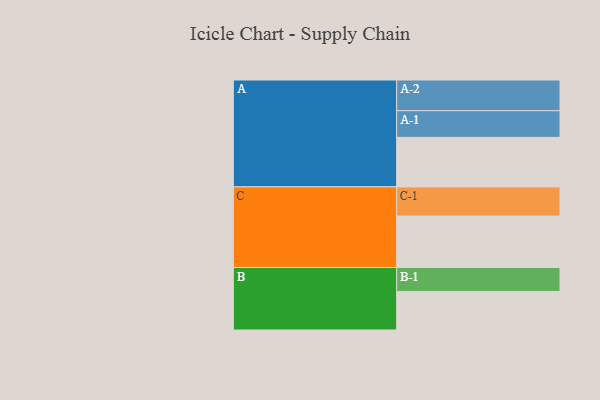
{"axis": {"x": "Segment", "y": "Value"}, "legend": ["", "A", "B", "C"], "data": [{"x": "A", "y": 386, "type": ""}, {"x": "B", "y": 300, "type": ""}, {"x": "C", "y": 401, "type": ""}, {"x": "A-1", "y": 208, "type": "A"}, {"x": "A-2", "y": 239, "type": "A"}, {"x": "B-1", "y": 187, "type": "B"}, {"x": "C-1", "y": 227, "type": "C"}]}